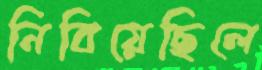
নিবিয়েছিলে